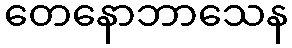
တေနောဘာသေန